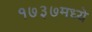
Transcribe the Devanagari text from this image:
१७३७मध्ये